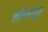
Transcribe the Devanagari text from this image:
लोहधातूत